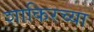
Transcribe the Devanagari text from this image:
शाकिरच्या